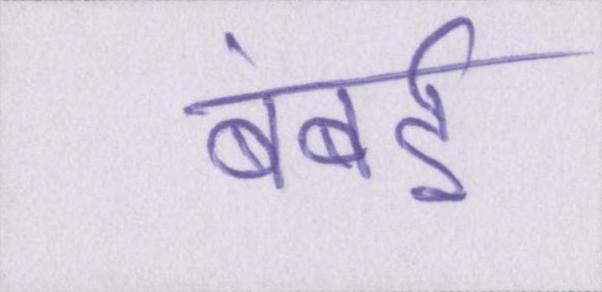
बंबई